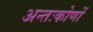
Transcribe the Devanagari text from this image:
अन्तःकोणों